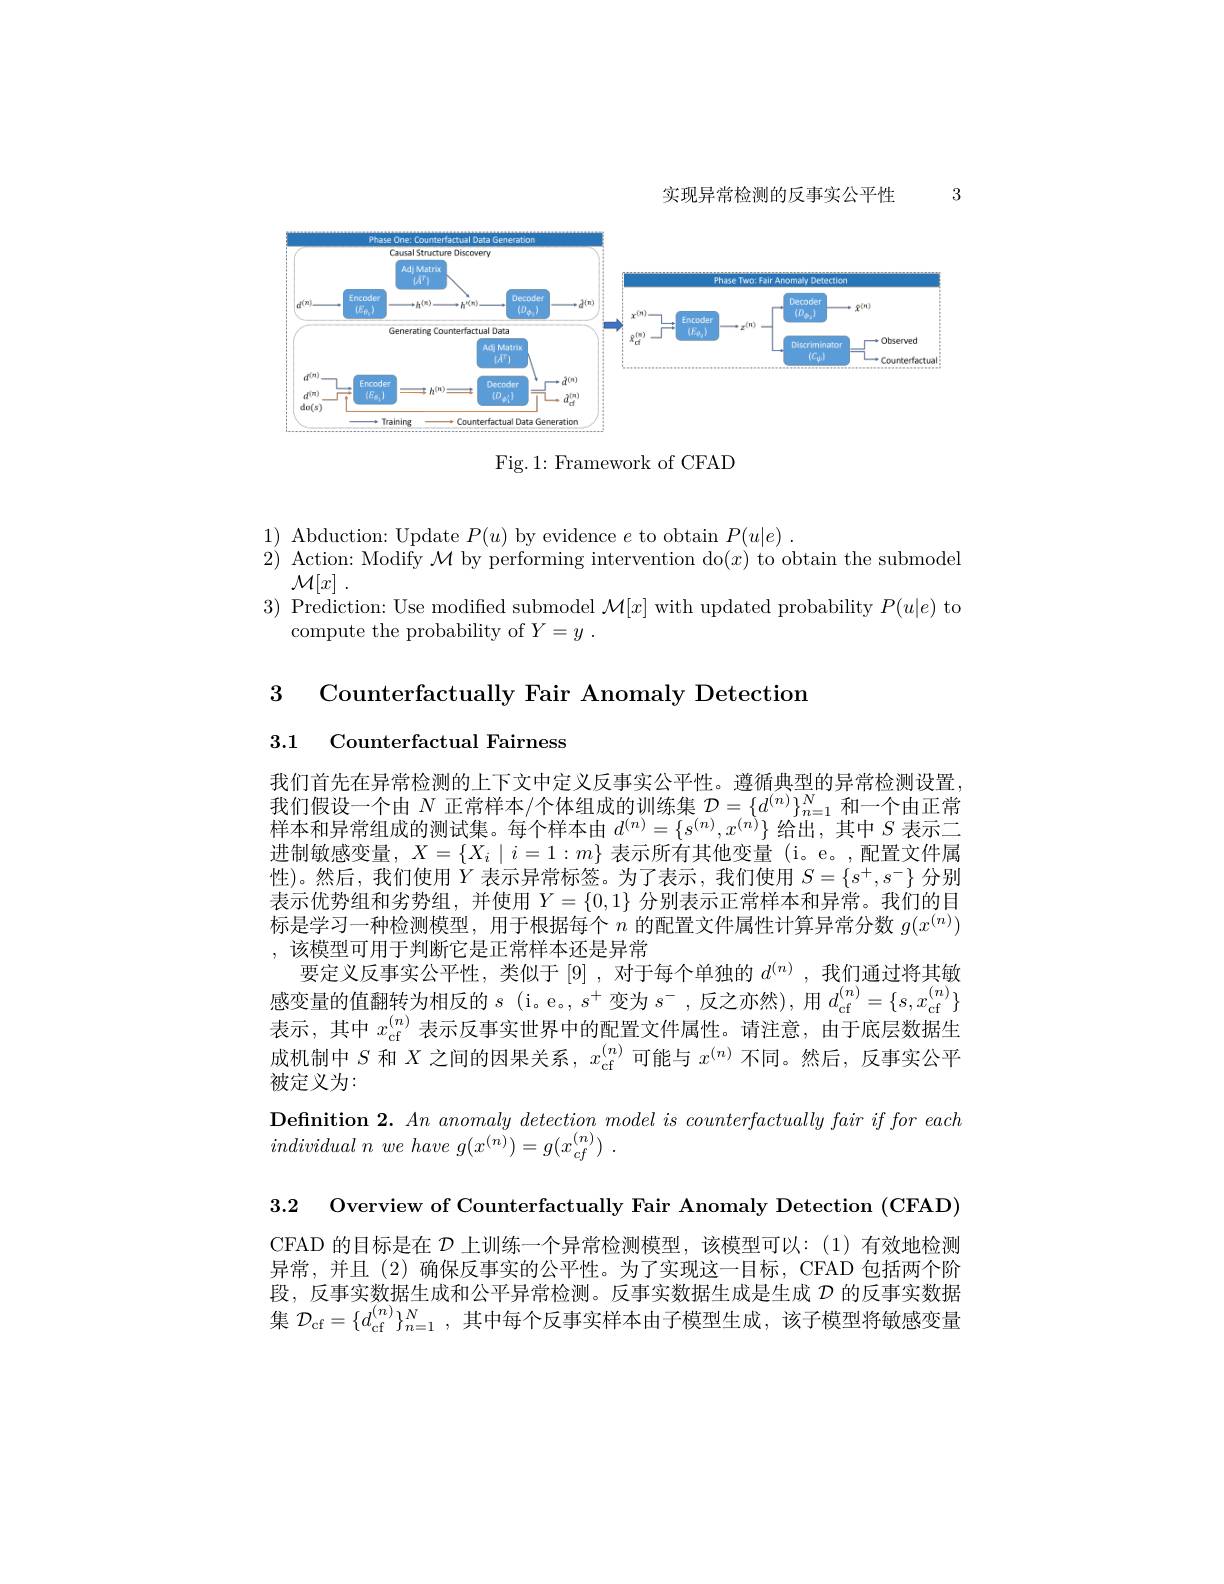
实现异常检测的反事实公平性

3

<FigureHere>

Fig. 1: Framework of CFAD

1) Abduction: Update $P(u)$ by evidence $e$ to obtain $P(u|e).$
$\begin{array}{ll}{2)}&{{\mathrm{Action:~Modify~}\mathcal{M}\text{ by performin}}}\end{array}$ 3) Prediction: Use modified submodel $\mathcal{M}[x]$ with updated probability $P(u|e)$ to
compute the probability of $Y= y$ .

3 Counterfactually Fair Anomaly Detection

3.1 Counterfactual Fairness

我们首先在异常检测的上下文中定义反事实公平性。遵循典型的异常检测设置， 我们假设一个由$N$正常样本/个体组成的训练集$\mathcal{D}=\{d^(n)\}_n=1^N$和一个由正常样本和异常组成的测试集。每个样本由$d^{(n)}=\{s^{(n)},x^{(n)}\}$给出，其中$S$表示二进制敏感变量，$X=\{X_i\mid i=1:m\}$表示所有其他变量(i。e。,配置文件属性)。然后，我们使用$Y$表示异常标签。为了表示，我们使用$S=\{s^+,s^-\}$分别表示优势组和劣势组，并使用$Y=\{0,1\}$分别表示正常样本和异常。我们的目标是学习一种检测模型，用于根据每个$n$的配置文件属性计算异常分数$g(x^(n))$ ,该模型可用于判断它是正常样本还是异常
要定义反事实公平性，类似于[9],对于每个单独的$d^{(n)}$,我们通过将其敏感变量的值翻转为相反的$s$ (i。e。, $s^+$变为$s^-$,反之亦然),用$d_\mathrm{cf}^{(n)}=\{s,x_\mathrm{cf}^{(n)}\}$ 表示，其中$x_\mathrm{cf}^{(n)}$表示反事实世界中的配置文件属性。请注意，由于底层数据生成机制中$S$和$X$之间的因果关系，$x_\mathrm{cf}^{(n)}$可能与$x^(n)$不同。然后，反事实公平被定义为：
$\textbf{Definition 2. An anomaly detection model is counterfactually fair if for each}$
$individual~n~we~have~g(x^{(n)})=g(x_{cf}^{(n)})~.$

3.2 Overview of Counterfactually Fair Anomaly Detection (CFAD)

CFAD 的目标是在$\mathcal{D}$上训练一个异常检测模型，该模型可以：(1)有效地检测异常，并且(2)确保反事实的公平性。为了实现这一目标，CFAD包括两个阶段，反事实数据生成和公平异常检测。反事实数据生成是生成$\mathcal{D}$的反事实数据集$\mathcal{D}_{\mathrm{cf}}=\{d_{\mathrm{cf}}^{(n)}\}_{n=1}^{N}$,其中每个反事实样本由子模型生成，该子模型将敏感变量